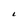
Character: L